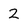
Character: 2